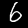
Digit: 6